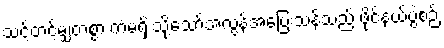
သင့်တင့်မျှတစွာ ကံမရှိ သို့သော်အလွန်အပြေးသန်သည် ဖိုင်နယ်ပွဲစဉ်